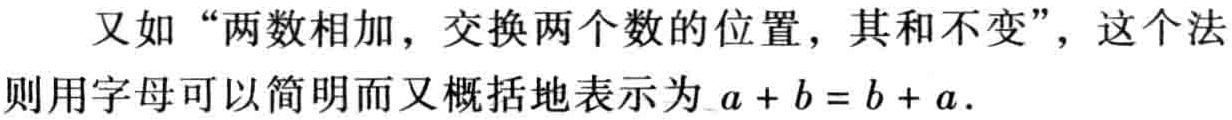
又如“两数相加，交换两个数的位置，其和不变”，这个法则用字母可以简明而又概括地表示为 \(a + b = b + a\).